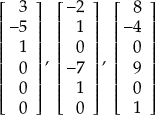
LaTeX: \left[ \! \! { \begin{array} { r } { 3 } \\ { - 5 } \\ { 1 } \\ { 0 } \\ { 0 } \\ { 0 } \end{array} } \right] , \; \left[ \! \! { \begin{array} { r } { - 2 } \\ { 1 } \\ { 0 } \\ { - 7 } \\ { 1 } \\ { 0 } \end{array} } \right] , \; \left[ \! \! { \begin{array} { r } { 8 } \\ { - 4 } \\ { 0 } \\ { 9 } \\ { 0 } \\ { 1 } \end{array} } \right]